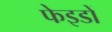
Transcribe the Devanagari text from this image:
फेइडों